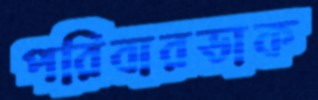
পরিবারডাক